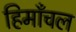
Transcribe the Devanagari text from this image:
हिमाँचल